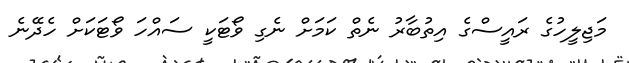
މަޖިލީހުގެ ރައީސްގެ އިތުބާރު ނެތް ކަމަށް ނެގި ވޯޓަކީ ސައްހަ ވޯޓަކަށް ހެދޭނެ